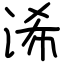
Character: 浠